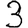
Digit: 3